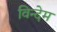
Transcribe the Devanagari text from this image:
विन्देम